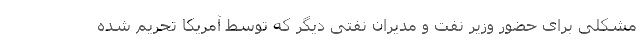
مشکلی برای حضور وزیر نفت و مدیران نفتی دیگر که توسط آمریکا تحریم شده